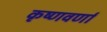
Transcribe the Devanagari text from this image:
कृष्णवर्णा